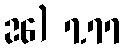
26) 7.77